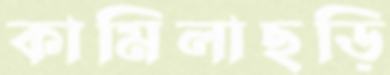
কামিলাছড়ি